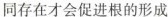
同存在才会促进根的形成